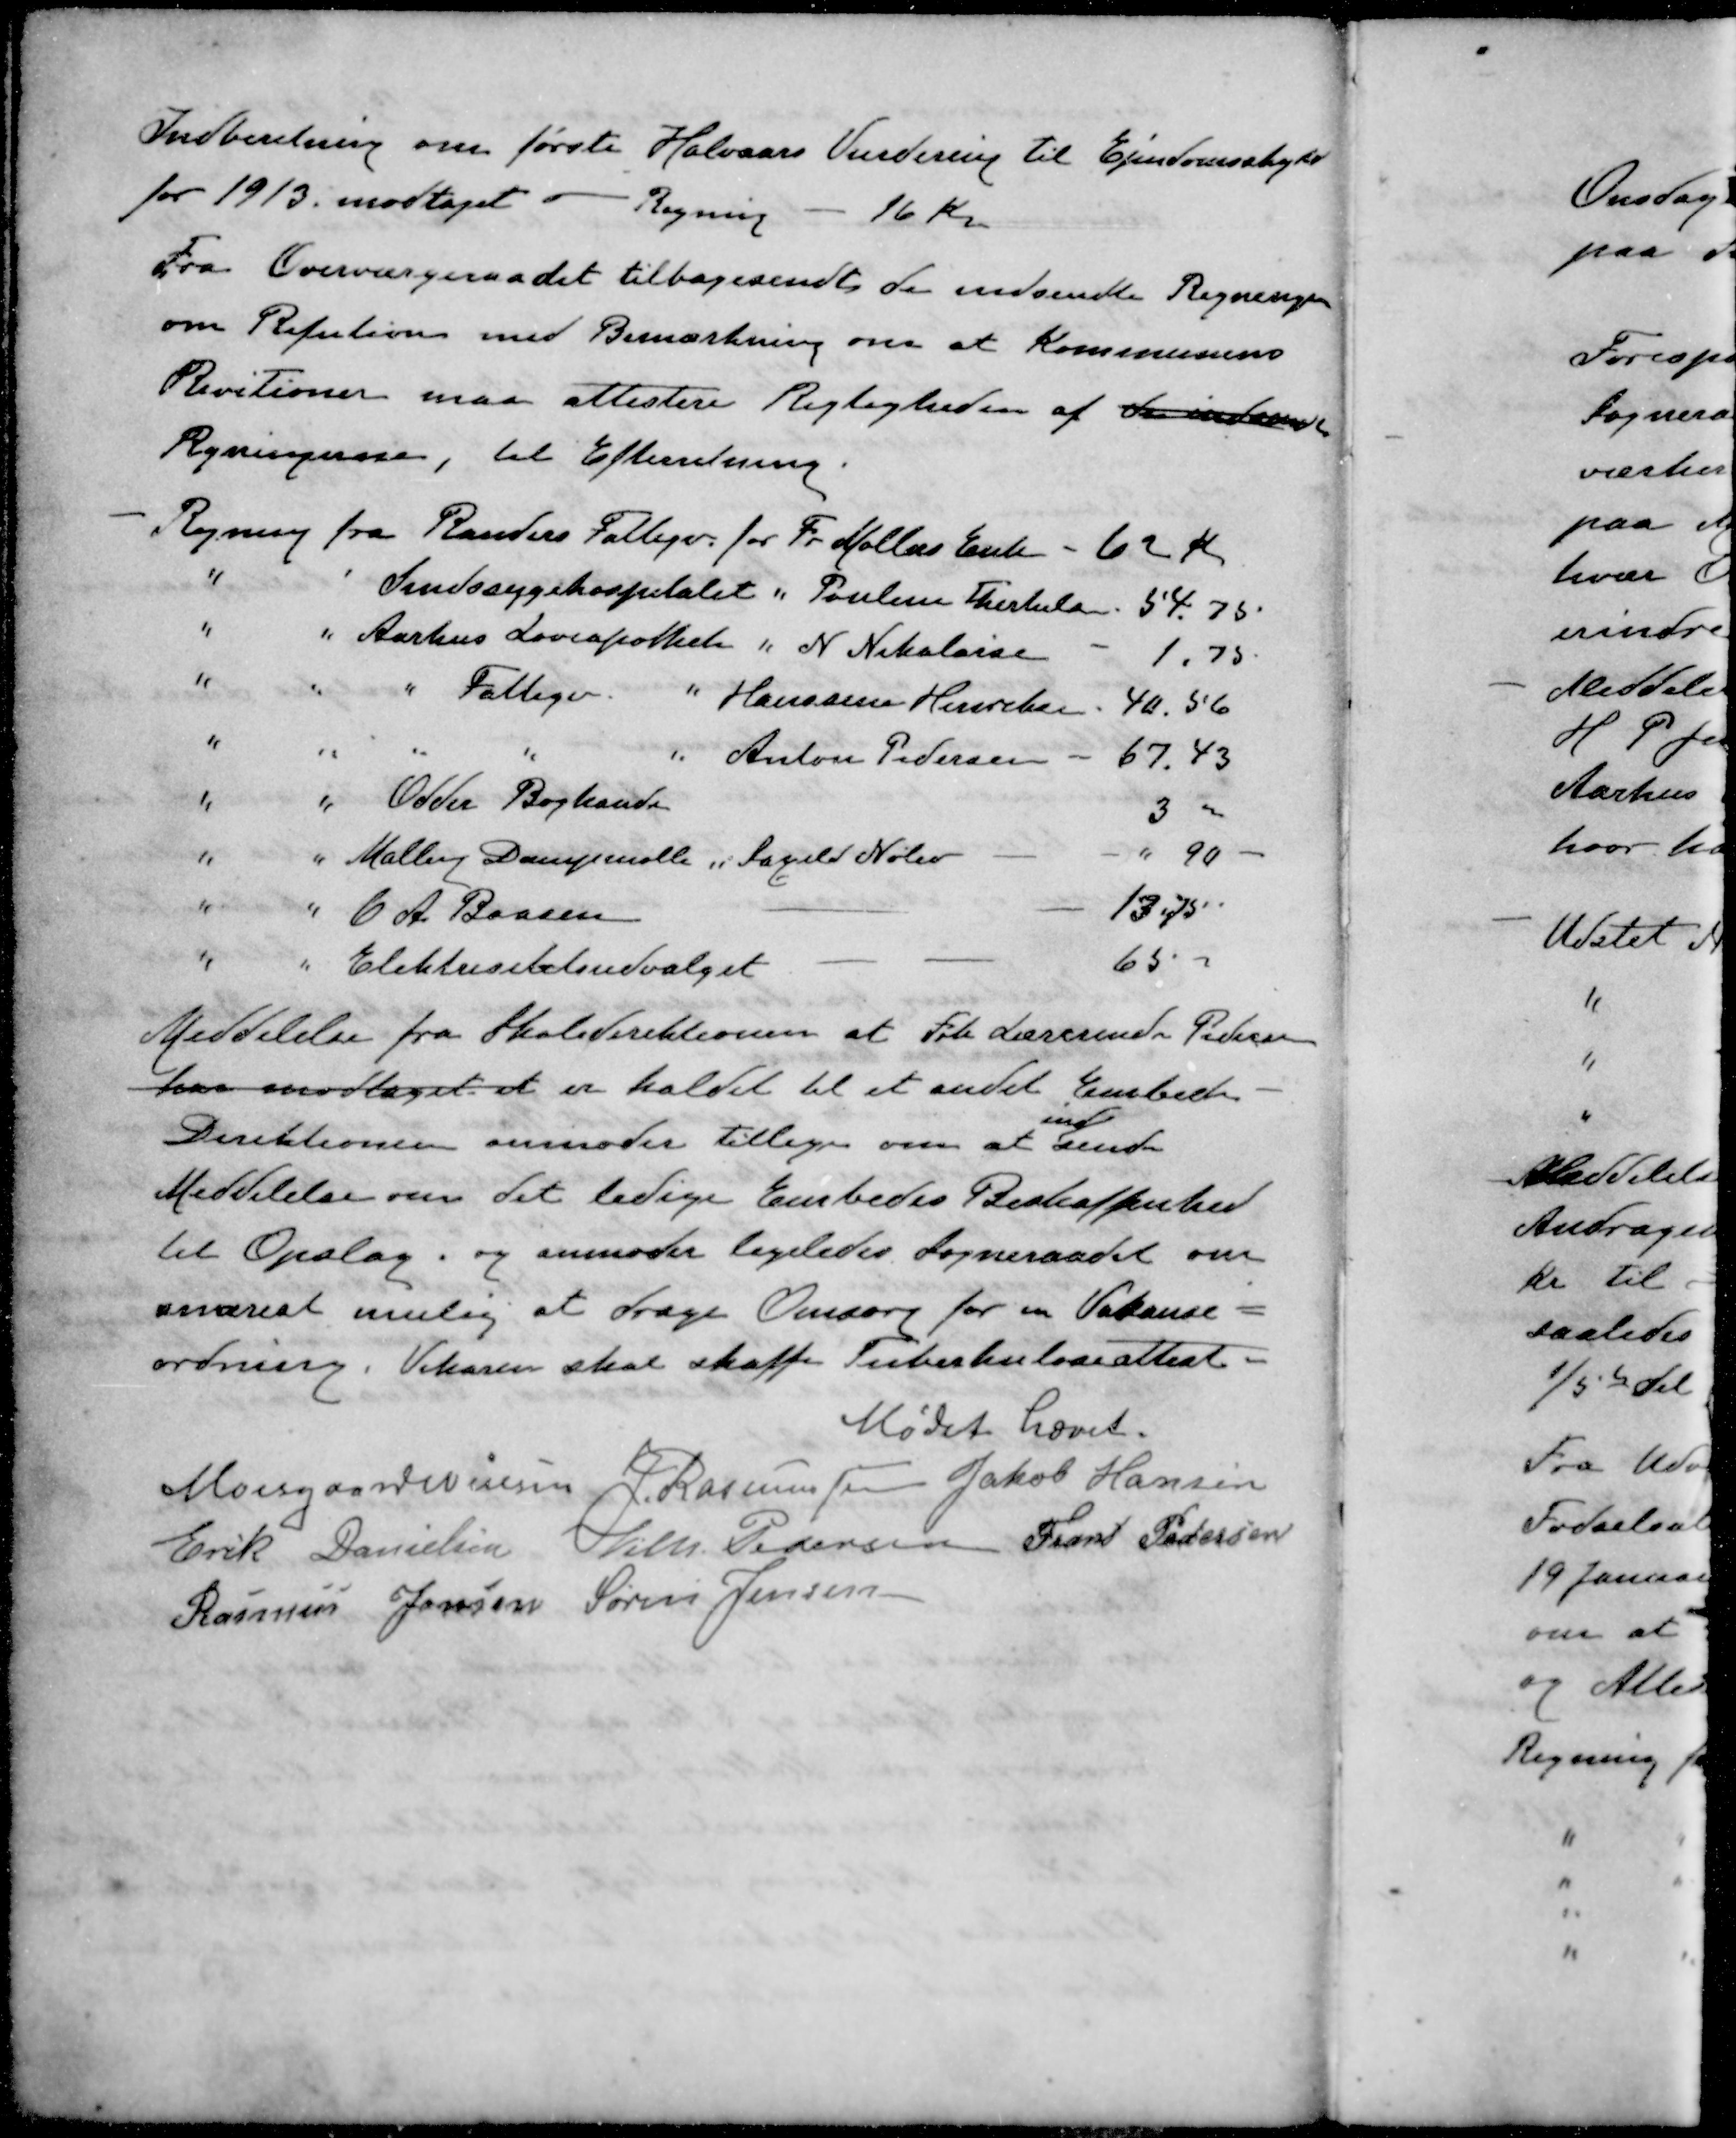
Transskription:
Indberetning om første Halvaars Vurdering til Ejendomsskyld
for 1913 modtaget -  Regning - 16 Kr.
Fra Overværgeraadet tilbagesendt de indsendte Regningen
om Refutioner med Bemærkning om at Kommunens
Revitioner maa attestere Rejligheden af de indstendte 
Regningerne, til Efterretning.
- Regning fra Randers Fattigv. for Fr Møllers Enke - 62 Kr
" " Sindssygehospitalet " Pouline Therkelsen 54.75
" " Aarhus Løveapothek " N. Nikolaisen - 1.75.
" " " Fattigv. " Hanssine Henriksen 40.56
" " " " " Anton Pedersen 67. 43
" " Odder Boghandel 3.00
" " Malling Dampmølle " Saxild Nølev - - " 90 -
" " C. A. Baasen - - 13,75
" " Elektrisitetsudvalget - - 65-
Meddelelse fra Skoledirektionen at Frk Lærerinde Pedersen
har modtaget et er kaldet til et andet Embede
ind
Direktionen anmoder tillige om at sende
Meddelelse om det ledige Embedes Beskaffenhed
til Opslag, og anmoder ligeledes Sogneraadet om
snarest mulig at drage Omsorg for en Vakanse=
ordning, Vikaren skal skaffe Tuberkuloseattest
Mødet hævet.
Moesgaard Nielsen
J. Rasmussen
Jakob Hansen
Erik Danielsen
Vilh. Pedersen
Frans Pedersen
Rasmus Jensen
Søren Jensen